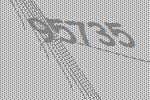
95735